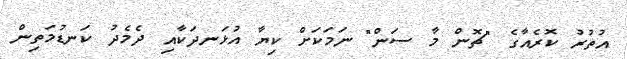
އުތުރު ކޮރެއާގެ "ޗޮން މާ ސަން" ނަމަކަށް ކިޔާ އުޅަނދަކާއި ދެމެދު ކަނޑުމަތިން